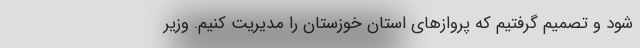
شود و تصمیم گرفتیم که پروازهای استان خوزستان را مدیریت کنیم. وزیر